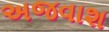
અજવાશ